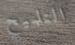
التلميح